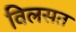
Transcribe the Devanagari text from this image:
विलसत